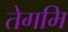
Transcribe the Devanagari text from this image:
तेगमि